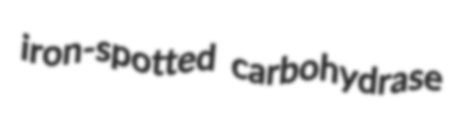
iron-spotted carbohydrase